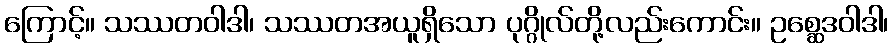
ကြောင့်။ သဿတဝါဒါ၊ သဿတအယူရှိသော ပုဂ္ဂိုလ်တို့လည်းကောင်း။ ဥစ္ဆေဒဝါဒါ၊